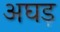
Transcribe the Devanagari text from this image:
अघड़